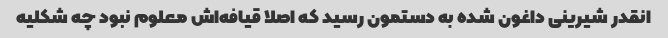
انقدر شیرینی داغون شده به دستمون رسید که اصلا قیافه‌اش معلوم نبود چه شکلیه